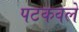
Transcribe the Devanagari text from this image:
पटकवले